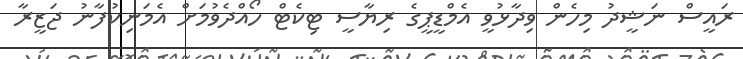
ރައީސް ނަޝީދު މިހެން ވިދާޅުވީ އެމްޑީޕީގެ ރިޔާސީ ޓިކެޓް ހޯއްދެވުމަށް އެމަނިކުފާނު ޖަޒީރާ